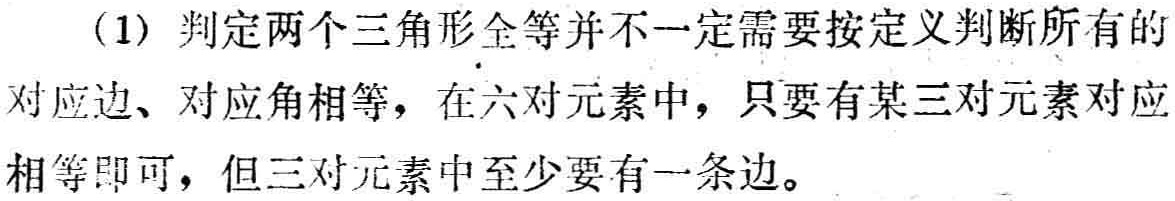
(1) 判定两个三角形全等并不一定需要按定义判断所有的

对应边、对应角相等，在六对元素中，只要有某三对元素对应

相等即可，但三对元素中至少要有一条边。